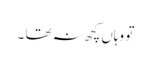
تو وہاں کچھ نہ تھا ۔